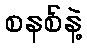
စနစ်နဲ့